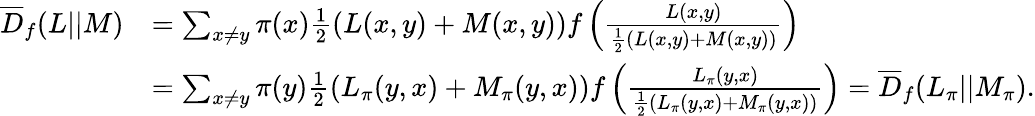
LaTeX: \begin{array}{rl}{\overline{{D}}_{f}(L||M)}&{=\sum_{x\neq y}\pi(x)\frac{1}{2}(L(x,y)+M(x,y))f\left(\frac{L(x,y)}{\frac{1}{2}(L(x,y)+M(x,y))}\right)}\\ &{=\sum_{x\neq y}\pi(y)\frac{1}{2}(L_{\pi}(y,x)+M_{\pi}(y,x))f\left(\frac{L_{\pi}(y,x)}{\frac{1}{2}(L_{\pi}(y,x)+M_{\pi}(y,x))}\right)=\overline{{D}}_{f}(L_{\pi}||M_{\pi}).}\end{array}